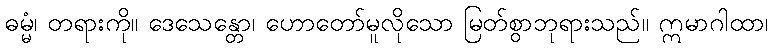
ဓမ္မံ၊ တရားကို။ ဒေသေန္တော၊ ဟောတော်မူလိုသော မြတ်စွာဘုရားသည်။ ဣမာဂါထာ၊